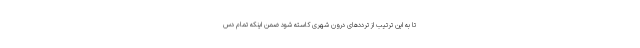
تا به این ترتیب از تردد‌های درون شهری کاسته شود ضمن اینکه تمام دس